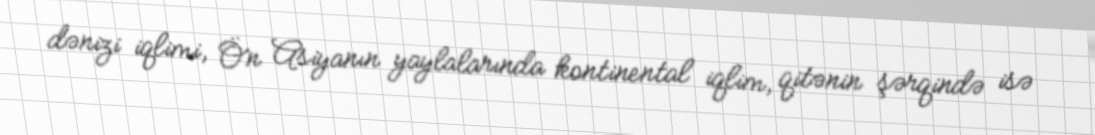
dənizi iqlimi, Ön Asiyanın yaylalarında kontinental iqlim, qitənin şərqində isə